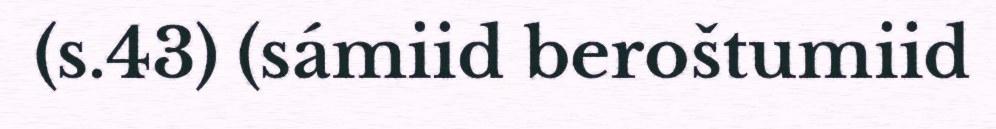
(s.43) (sámiid beroštumiid